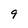
Character: 9